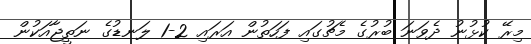
މިރޭ ކުޅުނު ދެވަނަ ބުރުގެ މެޗުގައި ފަހަތުން އަރައި 2-1 ލަނޑުގެ ނަތީޖާއަކުން